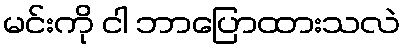
မင်းကို ငါ ဘာပြောထားသလဲ